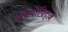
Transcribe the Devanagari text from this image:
रबिनोविट्ज़